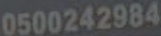
0500242984